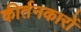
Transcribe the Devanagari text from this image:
कीर्तनकारों